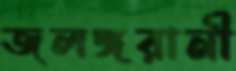
জলঙ্গরানী